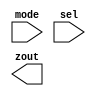
/*
 * Copyright 2018-2024 ISP RAS (http://www.ispras.ru)
 *
 * Licensed under the Apache License, Version 2.0 (the "License");
 * you may not use this file except in compliance with the License.
 * You may obtain a copy of the License at
 *
 *     http://www.apache.org/licenses/LICENSE-2.0
 *
 * Unless required by applicable law or agreed to in writing, software
 * distributed under the License is distributed on an "AS IS" BASIS,
 * WITHOUT WARRANTIES OR CONDITIONS OF ANY KIND, either express or implied.
 * See the License for the specific language governing permissions and
 * limitations under the License.
 */

// IEEE Std 1364-2005
//   16. Backannotation using the standard delay format (SDF)
//     16.2 Mapping of SDF constructs to Verilog
//       16.2.1 Mapping of SDF delay constructs to Verilog declarations
//         In the following example, the rise/fall times of 1.3 and 1.7 are
//         annotated only to the second specify path.

module test(mode, sel, zout);
  input mode, sel;
  output zout;

  specify
    if (!mode) (sel => zout) = 0;
    if (mode) (sel => zout) = 0;
  endspecify
endmodule